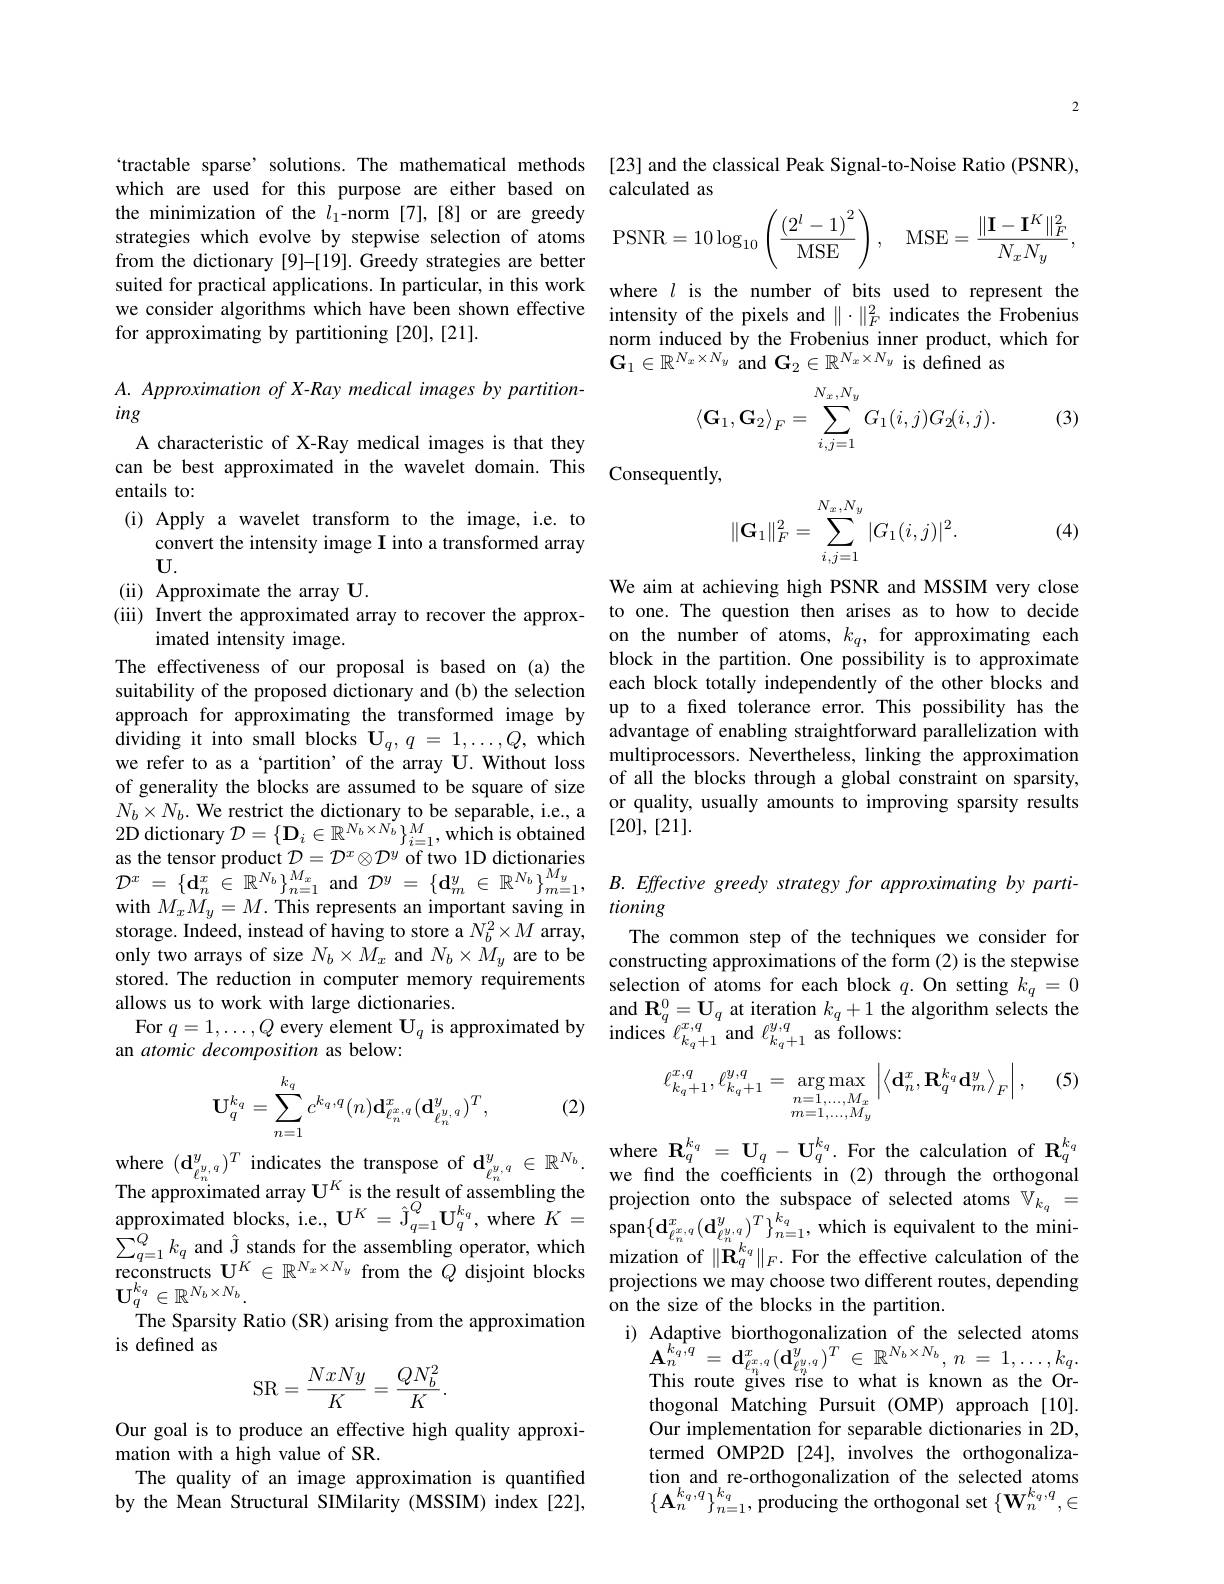
the minimization of the $l_1$-norm [7],[8] or are greedy strategies which evolve by stepwise selection of atoms from the dictionary [9]-[19]. Greedy strategies are better suited for practical applications. In particular, in this work we consider algorithms which have been shown effective for approximating by partitioning [20],[21].

$A. \textit{ Approximation of X- Ray medical images by partition- }$

ing

A characteristic of X-Ray medical images is that they

entails to:

(i) Apply a wavelet transform to the image, i.e. to

convert the intensity image I into a transformed array

$U.$

(ii) Approximate the array U.

imated intensity image.
The effectiveness of our proposal is based on (a) the suitability of the proposed dictionary and (b) the selection approach for approximating the transformed image by we refer to as a‘partition’ of the array U. Without loss 2D dictionary $\mathcal{D}=\{\mathbf{D}_i\in\mathbb{R}^{N_b\times N_b}\}_{i=1}^M$, which is obtained as the tensor product $\mathcal{D}=\mathcal{D}^x\otimes\mathcal{D}^y$ of two 1D dictionaries $\mathcal{D}^x=\{\mathbf{d}_n^x\in\mathbb{R}^{N_b}\}_{n=1}^{M_x}$ and $\mathcal{D} ^y= \{ \mathbf{d} _m^y\in \mathbb{R} ^{N_b}\} _{m= 1}^{M_y}$, $B. Effective$ greedy strategy for approximating by parti-
with $M_xM_y=M.$ This represents an important saving in tioning
storage. Indeed, instead of having to store a $N_b^2\times M$ array, only two arrays of size $N_b\times M_x$ and $N_b\times M_y$ are to be stored. The reduction in computer memory requirements allows us to work with large dictionaries.
$\begin{array}{ccc}\mathrm{For~}q=1,\ldots,Q&\text{every element U}_{q}&\text{is approximated by}&\text{indices }\ell_{k_{q}+1}^{x,q}\text{and }\ell_{k_{q}+1}^{y,q}\text{as follows:}\\\text{an atomic decomposition as below:}\end{array}$
$$\mathbf{U}_{q}^{k_{q}}=\sum_{n=1}^{k_{q}}c^{k_{q},q}(n)\mathbf{d}_{\ell_{n}^{x,q}}^{x}(\mathbf{d}_{\ell_{n}^{y,q}}^{y})^{T},$$
where $( \mathbf{d} _{\ell _n^{y, q}}^y) ^T\text{ indicates the transpose of d}_{\ell _n^{y, q}}^y\in \mathbb{R} ^{N_b}.$ where $\mathbf{R} _q^{k_q}= \mathbf{U} _q- \mathbf{U} _q^{k_q}.$ For the calculation of $\mathbf{R} _q^{k_q}$ where $( \mathbf{d} _{\ell _n^{y, q}}^y) ^T\text{ indicates the transpose of d}_{\ell _n^{y, q}}^y\in \mathbb{R} ^{N_b}.$

(2)

The approximated array $\mathbf{U}^K$ is the result of assembling the projection onto the subspace of selected atoms $\mathbb{V}_{k_q}=$approximated blocks, i.e, $\mathbf{U}^K=\hat{\mathcal{J}}_{q=1}^Q\mathbf{U}_q^{k_q}$,where $K=$ span$\{ \mathbf{d} _{\ell _n^x, q}( \mathbf{d} _{\ell _n^y, q}^y) ^T\} _{n= 1}^{k_q}$,which
reconstructs $\mathbf{U}^{K}\in\mathbb{R}^{N_{x}\times N_{y}}$ from the $Q$ disjoint blocks
$\mathbf{U}_{q}^{k_{q}}\in\mathbb{R}^{N_{b}\times N_{b}}.$
The Sparsity Ratio (SR) arising from the approximation
is defined as
$$\mathrm{SR}=\frac{NxNy}{K}=\frac{QN_{b}^{2}}{K}.$$
Our goal is to produce an effective high quality approxi-
mation with a high value of SR.
The quality of an image approximation is quantified by the Mean Structural SIMilarity (MSSIM) index [22],

2

`tractable sparse’solutions. The mathematical methods [23] and the classical Peak Signal-to-Noise Ratio (PSNR),
which are used for this purpose are either based on calculated as
$$\mathrm{PSNR}=10\log_{10}\left({\frac{(2^{l}-1)^{2}}{\mathrm{MSE}}}\right),\quad\mathrm{MSE}={\frac{\|\mathbf{I}-\mathbf{I}^{K}\|_{F}^{2}}{N_{x}N_{y}}},$$
where $l$ is the number of bits used to represent the intensity of the pixels and $\|\cdot\|_F^2$ indicates the Frobenius norm induced by the Frobenius inner product, which for $\mathbf{G}_{1}\in\mathbb{R}^{N_{x}\times N_{y}}$ and $\mathbf{G}_2\in\mathbb{R}^{N_{x}\times N_{y}}$ is defined as
$$\langle\mathbf{G}_1,\mathbf{G}_2\rangle_F=\sum_{i,j=1}^{N_x,N_y}G_1(i,j)G_2(i,j).$$
(3)

can be best approximated in the wavelet domain. This Consequently,

(4)
$$\|\mathbf{G}_1\|_F^2=\sum_{i,j=1}^{N_x,N_y}|G_1(i,j)|^2.$$
We aim at achieving high PSNR and MSSIM very close
(iii) Invert the approximated array to recover the approx- to one. The question then arises as to how to decide
on the number of atoms, $k_q$, for approximating each block in the partition. One possibility is to approximate each block totally independently of the other blocks and up to a fixed tolerance error. This possibility has the
dividing it into small blocks $\mathbf{U}_q,q=1,\ldots,Q$, which advantage of enabling straightforward parallelization with
multiprocessors. Nevertheless, linking the approximation
of generality the blocks are assumed to be square of size of all the blocks through a global constraint on sparsity, $N_b\times N_b.$ We restrict the dictionary to be separable, ie., a $\begin{array}{cc}\mathrm{or~quality,~usually~amounts~to~improving~sparsity~results}\\\mathrm{N_b\times N_b.~}\mathrm{We~restrict~the~dictionary~to~be~separable,~ie.,~a}\end{array}$
[20],[21].

The common step of the techniques we consider for constructing approximations of the form (2) is the stepwise selection of atoms for each block $q.$ On setting $k_q=0$ and $\mathbf{R}_q^0=\mathbf{U}_q$ at iteration $k_q+1$ the algorithm selects the

(5)
$$\ell_{k_q+1}^{x,q},\ell_{k_q+1}^{y,q}=\underset{\begin{matrix}n=1,...,M_x\\m=1,...,M_y\end{matrix}}{\operatorname*{\arg\max}}\left|\left\langle\mathbf{d}_n^x,\mathbf{R}_q^{k_q}\mathbf{d}_m^y\right\rangle_F\right|,$$
mization of $\|\mathbf{R}_{q}^{k_{q}}\|_{F}.$ For the effective calculation of the projections we may choose two different routes, depending on the size of the blocks in the partition.
i) Adaptive biorthogonalization of the selected atoms
$\mathbf{A} _{n}^{k_{q}, q}$ = $\mathbf{d} _{\ell _{n}^{x}, q}^{x}( \tilde{\mathbf{d} } _{\ell _{n}^{y, q}}^{y}) ^{T}$ $\in$ $\mathbb{R} ^{N_{b}\times N_{b}}$, $n$ = $1, \ldots , k_{q}.$ This route gives rise to what is known as the Orthogonal Matching Pursuit (OMP) approach [10]. Our implementation for separable dictionaries in 2D, termed OMP2D [24], involves the orthogonalization and re-orthogonalization of the selected atoms $\{\mathbf{A}_{n}^{k_{q},q}\}_{n=1}^{k_{q}}$, producing the orthogonal set $\{\mathbf{W}_{n}^{k_{q},q},\in$